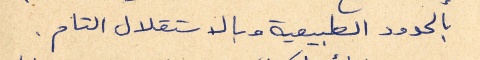
بالحدود الطبيعية وبالاستقلال التام.